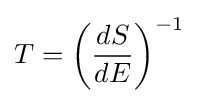
T=\left({\frac {dS}{dE}}\right)^{-1}